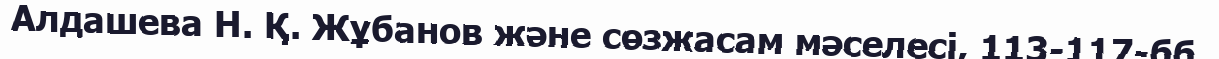
Алдашева Н. Қ. Жұбанов және сөзжасам мәселесі, 113-117-бб.